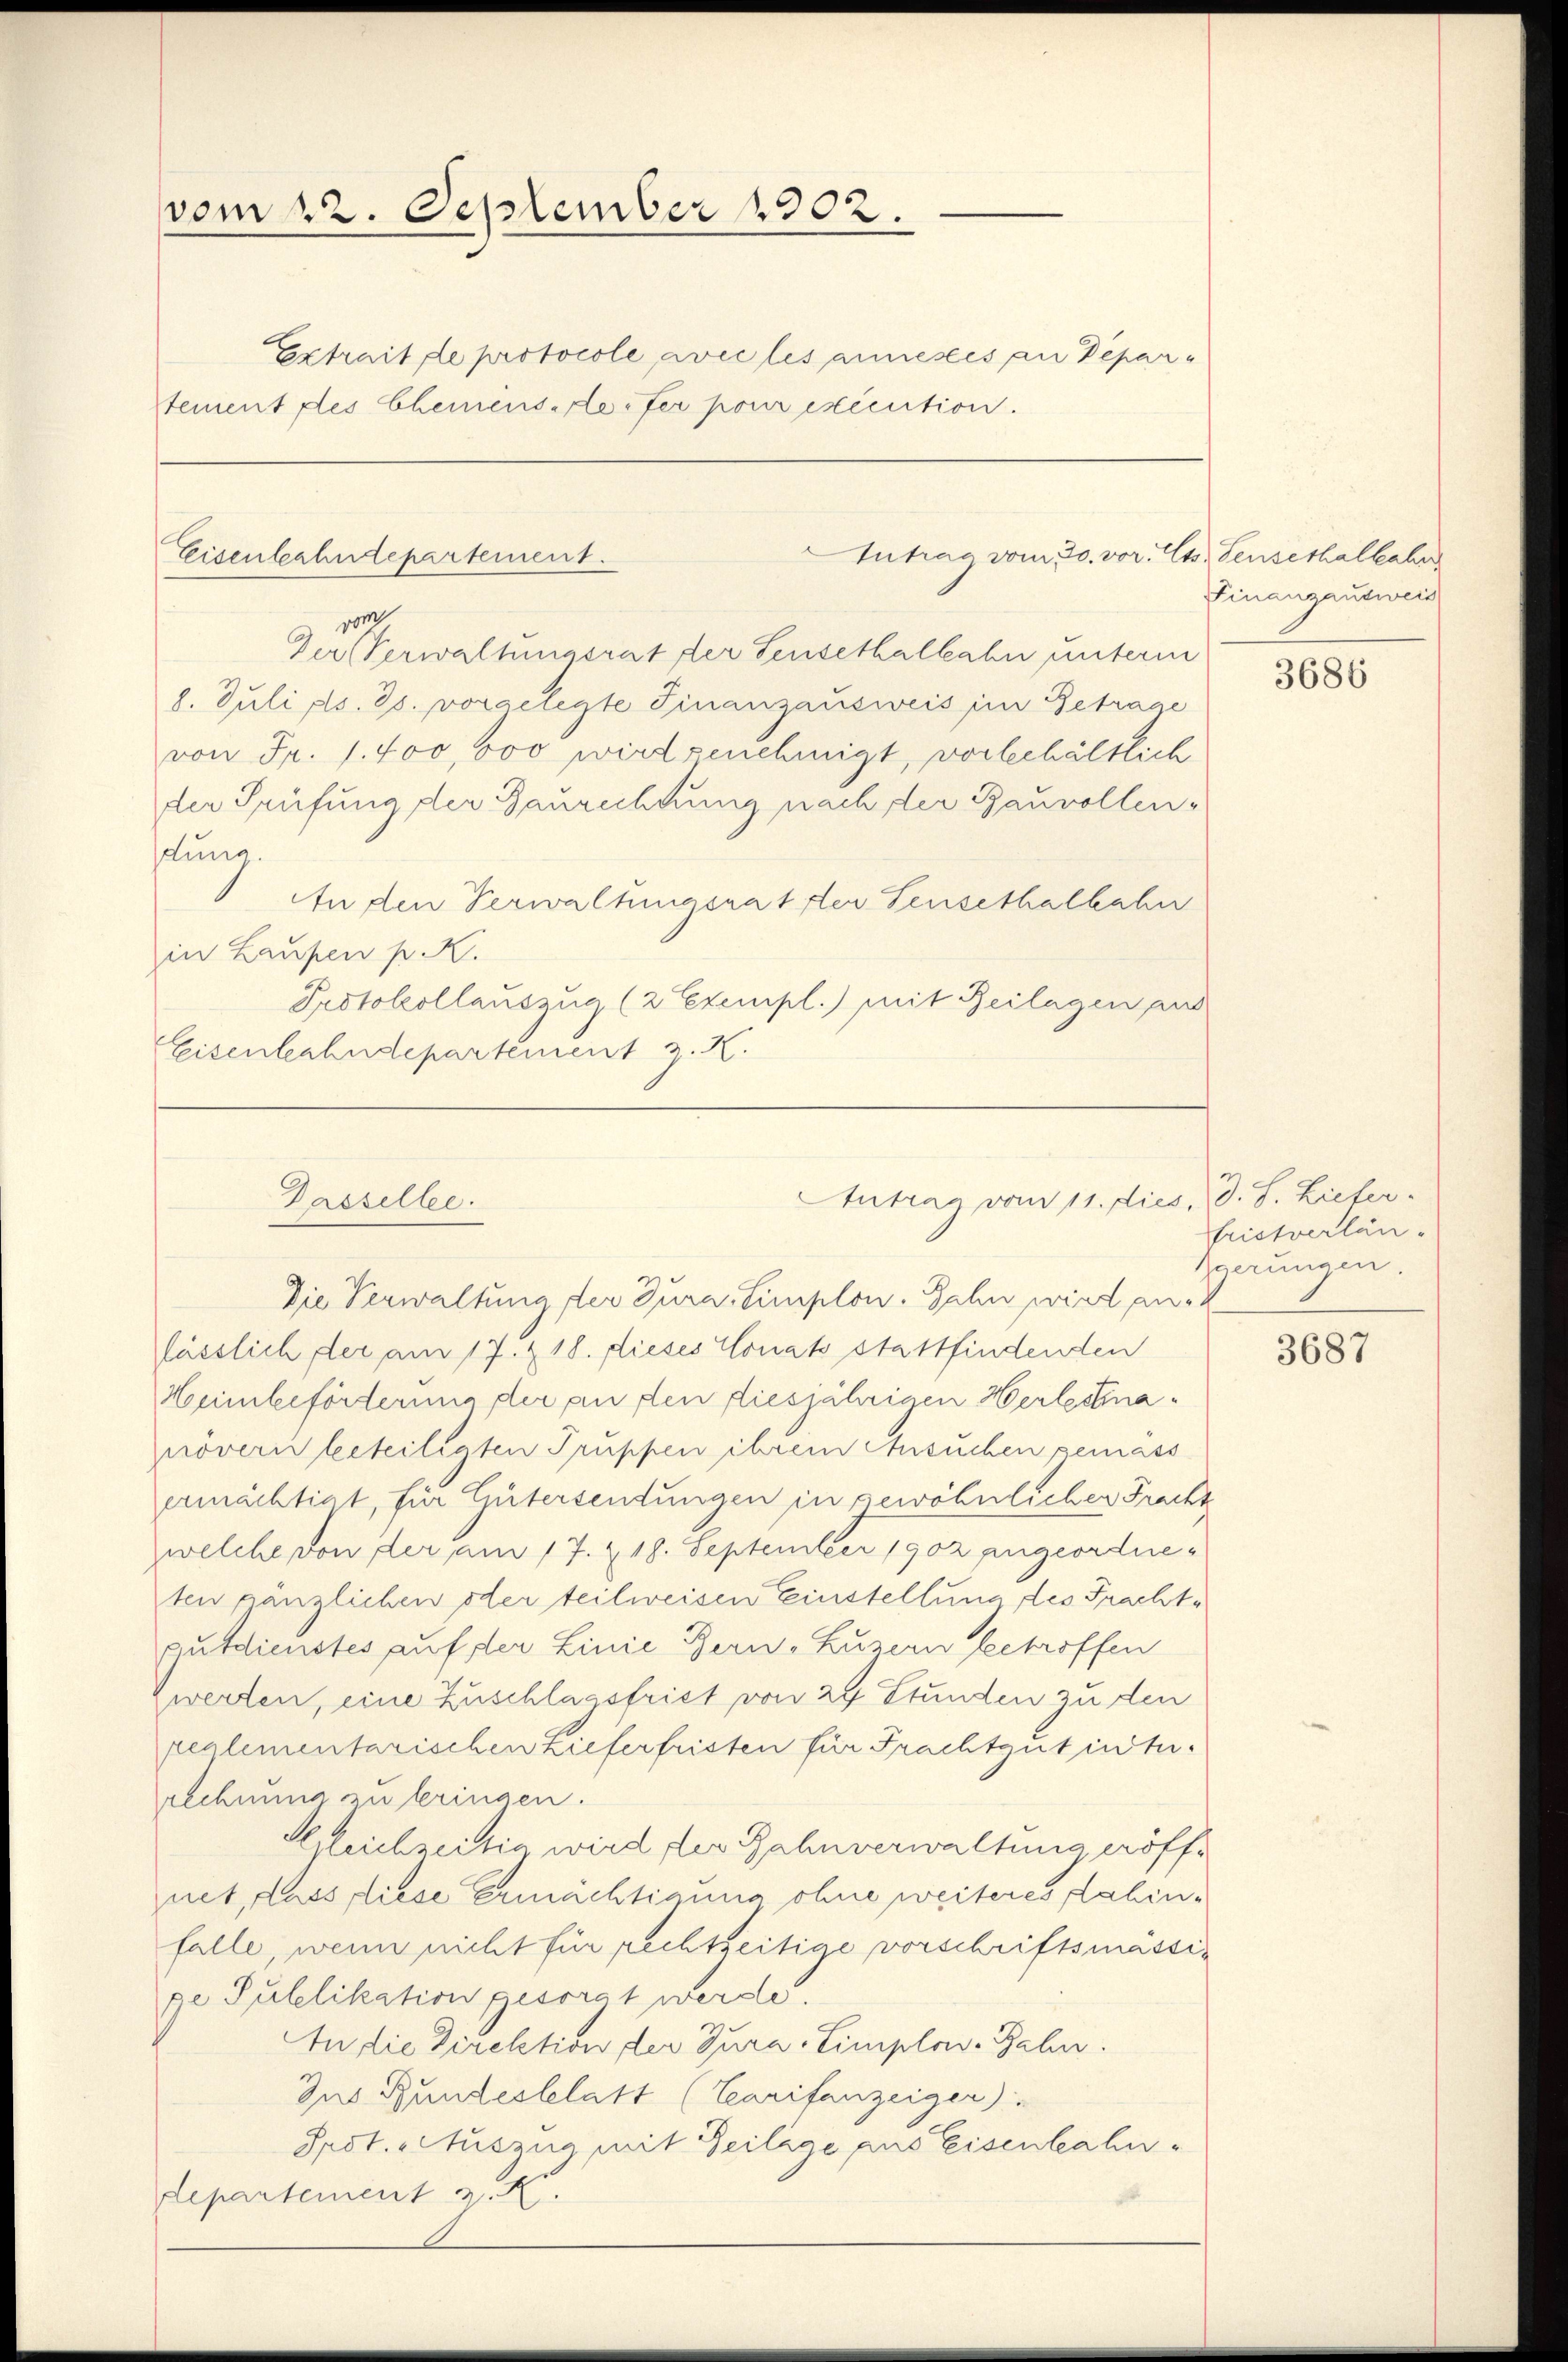
vom 22. September 1902.
Extrait de protocole, avec les annesses an Deparstement des Chemenselerfer pour exécution.

Eisenbahndepartement.

Dasselbe.

g
Der Verwalhmasrat der Sensethalbahn unterm
8. Juli d. Js. vorgelegte Finanzausweis ein Betrage
von Fr. 1. 400,000 wird genehmigt, vorbehältlich
der Prüfung der Baurechtung nach der Bauvollen-
duna.
In den Verwaltungsrat der Sensethalbahn
in Laupen p. K.
Protokollauszug (2 Exempl.) mit Beilagen aus
Eisenbahndepartement z. R.

Intrag vom 30. vor. Cts. Sensethalbahr

Antrag vom 11. dies, d. S. Liefer

Die Verwaltung der Jura. Simplow. Jahn wird ank
lässlich der am 17. & 18. dieses Conat stattfindenden
Heinbeförderung der an den diesjährigen Herlestinanöveri beteiligten Truppen ihrem Ansuchen gemäss
ermächtigt, für Gütersendungen in gewöhnlichen Fracht
welche von der am 17. & 18. September 1902 angeordneten gänzlichen oder teilweisen Einstellung des Frachtputdienstes auf der Linie Bern, Luzern betroffen
Zwerden, eine Zuschlagsfrist von 24 Stunden zu den
realementarischen Lieferfristen für Frachtgut ist.
rechnung zu bringen.
Gleichzeitig wird, der Bahnverwaltung eröffnet, dass diese Ermächtigung ohne weiteres dahinfalle, wenn nicht für rechtzeitige vorschriftsmassige Pulelikation gesorgt werde.
An die Direktion der Jura-Limplow. Rahn.
Zus Bundesblatt (Tarifanzeiger)
Spot. Auszug mit Zeilage aus Eisenbahndepartement z. K.

Finanzausweis

3686

fristverlän¬
Igerungen.

3687